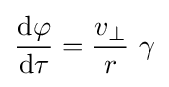
{\frac {{\rm {d}}\varphi }{{\rm {d}}\tau }}={\frac {v_{\perp }}{r}}\ \gamma